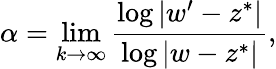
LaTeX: \alpha=\operatorname*{lim}_{k\to\infty}{\frac{\log|w^{\prime}-z^{*}|}{\log|w-z^{*}|}},